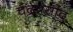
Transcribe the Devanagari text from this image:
चंद्रप्रसाद